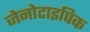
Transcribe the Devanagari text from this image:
जेनोटाइपिक